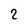
Character: 2